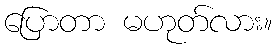
ပြောတာ မဟုတ်လား။